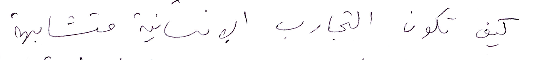
كيف تكون التجارب الإنسانية متشابهة